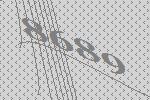
8689